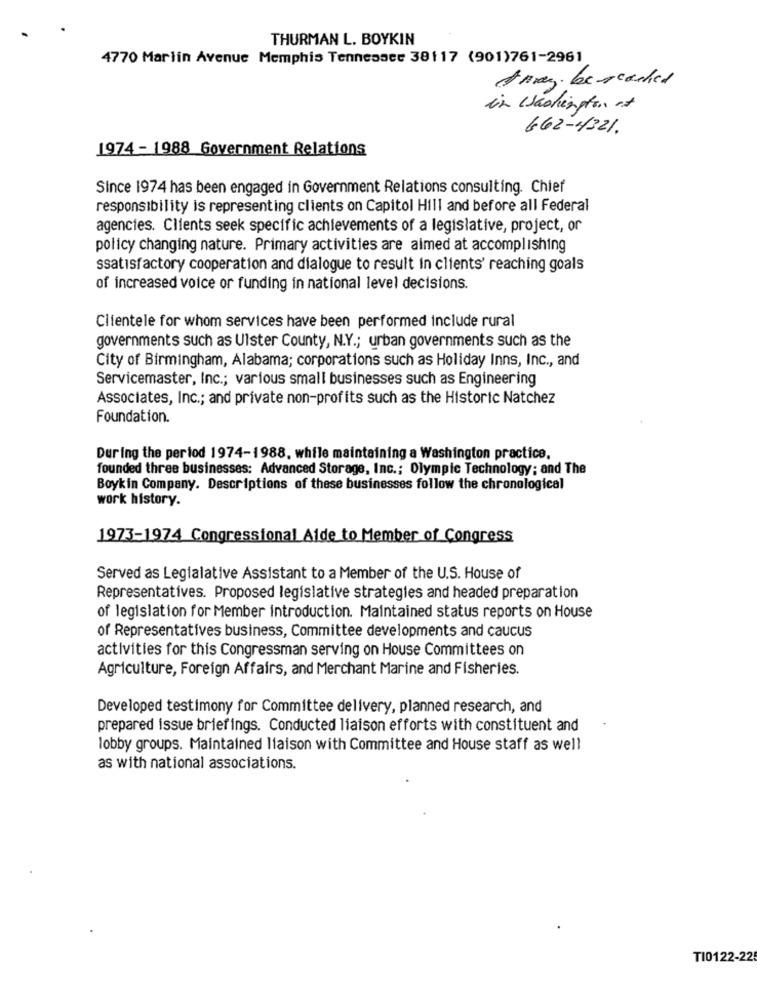
THURMAN L. BOYKIN
4770 Marlin Avenue Memphis Tennessee 38117 (901)761-2961
Away. bencached
in Washington at
662-4321.
1974 - 1988 Government Relations
Since 1974 has been engaged in Government Relations consulting. Chief
responsibility is representing clients on Capitol Hill and before all Federal
agencies. Clients seek specific achievements of a legislative, project, or
policy changing nature. Primary activities are aimed at accomplishing
ssatisfactory cooperation and dialogue to result in clients' reaching goals
of increased voice or funding in national level decisions.
Clientele for whom services have been performed include rural
governments such as Ulster County, N.Y .; urban governments such as the
City of Birmingham, Alabama; corporations such as Holiday Inns, Inc ., and
Servicemaster, Inc .; various small businesses such as Engineering
Associates, Inc .; and private non-profits such as the Historic Natchez
Foundation.
During the period 1974-1988, while maintaining a Washington practice,
founded three businesses: Advanced Storage, Inc .; Olympic Technology; and The
Boykin Company. Descriptions of these businesses follow the chronological
work history.
1973-1974 Congressional Aide to Member of Congress
Served as Legialative Assistant to a Member of the U.S. House of
Representatives. Proposed legislative strategies and headed preparation
of legislation for Member introduction. Maintained status reports on House
of Representatives business, Committee developments and caucus
activities for this Congressman serving on House Committees on
Agriculture, Foreign Affairs, and Merchant Marine and Fisheries.
Developed testimony for Committee delivery, planned research, and
prepared issue briefings. Conducted liaison efforts with constituent and
lobby groups. Maintained liaison with Committee and House staff as well
as with national associations.
TI0122-225